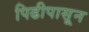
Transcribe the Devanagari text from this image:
पिढीपासून